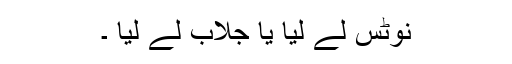
نوٹس لے لیا یا جلاب لے لیا ۔